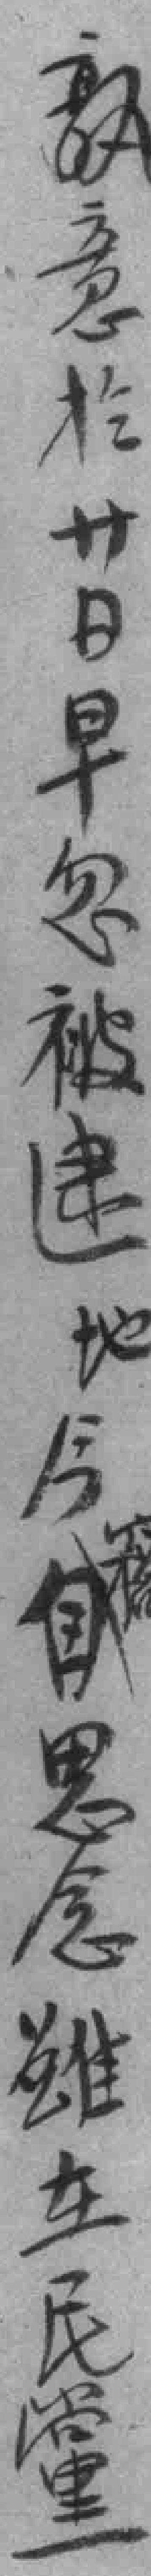
孰意於卄日早忽被逮地今自思念雖在民黨